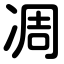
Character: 凋